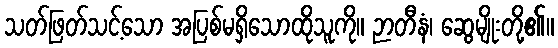
သတ်ဖြတ်သင့်သော အပြစ်မရှိသောထိုသူကို။ ဉာတီနံ၊ ဆွေမျိုးတို့၏။